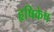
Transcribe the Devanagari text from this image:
हृषिकेष